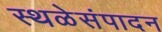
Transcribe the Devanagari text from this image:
स्थळेसंपादन